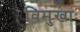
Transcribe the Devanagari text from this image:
विमुखाः